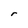
Character: r